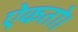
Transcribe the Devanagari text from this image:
ऐकतो।